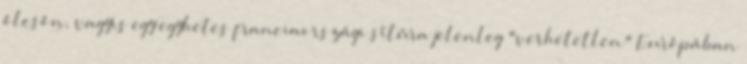
ólcsón, vagyis egy egyhetes franciaországi sítúra jelenleg "verhetetlen" Európában